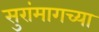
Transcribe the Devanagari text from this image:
सुरांमागच्या